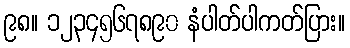
၉၈။ ၁၂၃၄၅၆၇၈၉၀ နံပါတ်ပါကတ်ပြား။